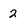
Character: 2